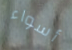
أسواء